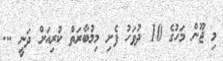
މި ޖޫން މަހުގެ 10 ދުވަހު ފެށި މިމުބާރަތް ކުރިއަށް ދަނީ ...